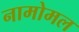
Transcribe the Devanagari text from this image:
नामोमल